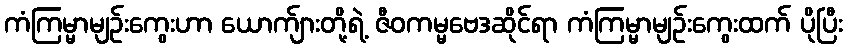
ကံကြမ္မာမျဉ်းကွေးဟာ ယောက်ျားတို့ရဲ့ ဇီဝကမ္မဗေဒဆိုင်ရာ ကံကြမ္မာမျဉ်းကွေးထက် ပိုပြီး